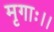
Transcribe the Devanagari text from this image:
मृगाः।।